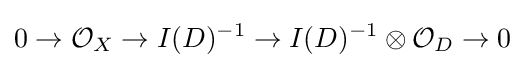
0\to {\mathcal {O}}_{X}\to I(D)^{-1}\to I(D)^{-1}\otimes {\mathcal {O}}_{D}\to 0